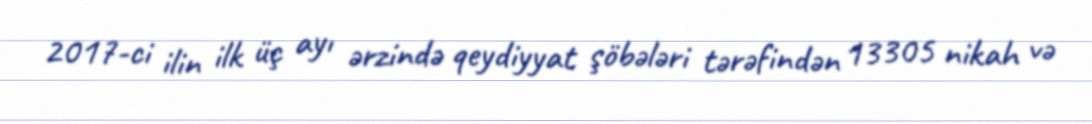
2017-ci ilin ilk üç ayı ərzində qeydiyyat şöbələri tərəfindən 13305 nikah və